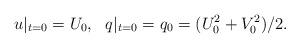
LaTeX: \begin{align*}u|_{t=0}=U_0, \ \ q|_{t=0}= q_0=(U_0^2+V_0^2)/2.\end{align*}